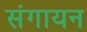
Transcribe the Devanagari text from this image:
संगायन